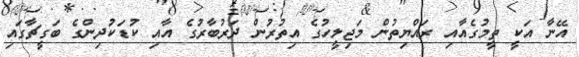
އޭނާ އަކީ ތީމުގެއާއި ރައްޔިތުން މަޖިލީހުގެ އިތުރުން ދަރުބާރުގެ އާއި ކުޑަކުދިންގެ ބަގީޗާގައި